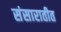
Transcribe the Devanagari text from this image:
संसारातीत